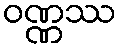
ဝဏ္ဏဿ